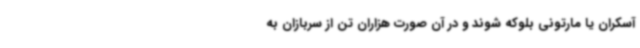
آسکران یا مارتونی بلوکه شوند و در آن صورت هزاران تن از سربازان به